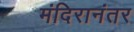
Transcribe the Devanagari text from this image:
मंदिरानंतर